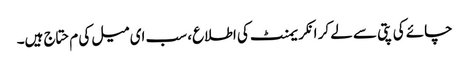
چائے کی پتی سے لے کر انکریمنٹ کی اطلاع، سب ای میل کی م حتاج ہیں۔